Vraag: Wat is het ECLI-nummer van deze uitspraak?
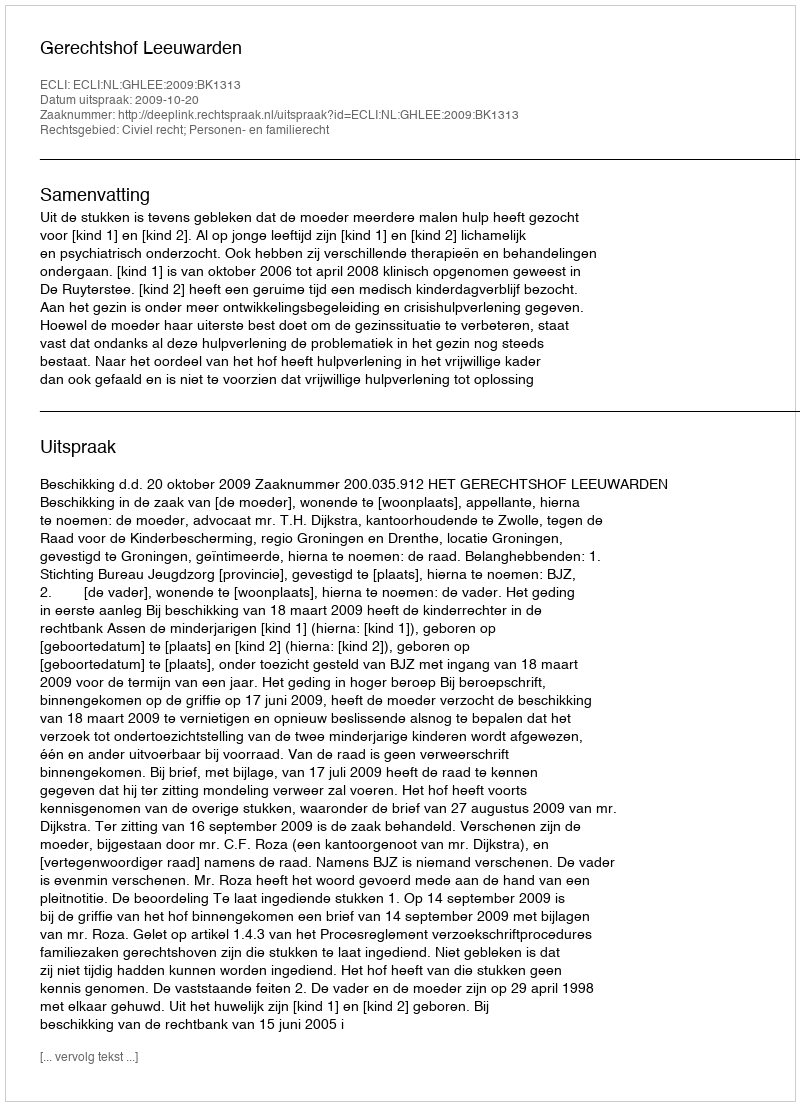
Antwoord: ECLI:NL:GHLEE:2009:BK1313